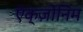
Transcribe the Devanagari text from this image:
ऍक्ज़ोनिम